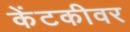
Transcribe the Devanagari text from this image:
केंटकीवर